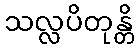
သလ္လပိတုန္တိ